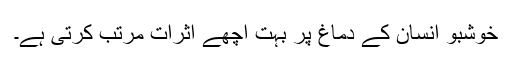
خوشبو انسان کے دماغ پر بہت اچھے اثرات مرتب کرتی ہے۔